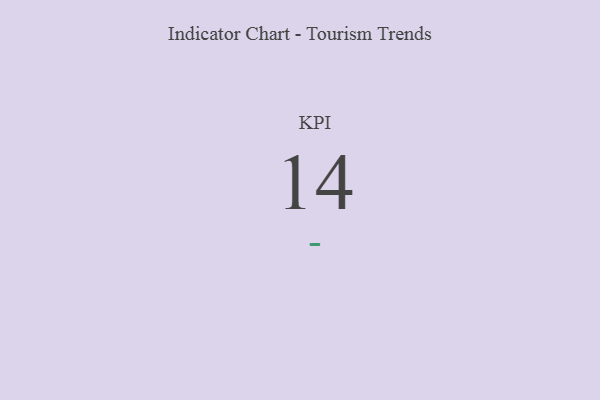
{"axis": {"x": "KPI", "y": "Value"}, "legend": [""], "data": [{"x": "KPI", "y": 14, "type": ""}]}